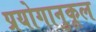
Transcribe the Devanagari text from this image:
प्रयोगानुकूल